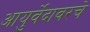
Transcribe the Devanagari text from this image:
आयुर्वेदावरचे